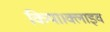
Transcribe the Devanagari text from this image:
किया।क्लाइव